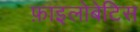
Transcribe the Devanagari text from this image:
फ़ाइलोबेटिस